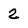
Character: 2